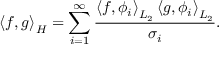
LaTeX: \left\langle f , g \right\rangle _ { H } = \sum _ { i = 1 } ^ { \infty } { \frac { \left\langle f , \phi _ { i } \right\rangle _ { L _ { 2 } } \left\langle g , \phi _ { i } \right\rangle _ { L _ { 2 } } } { \sigma _ { i } } } .